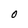
Character: O